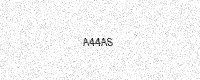
Text: A44AS